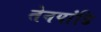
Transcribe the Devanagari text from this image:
तेनपांडि